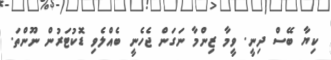
ކިޔާ ބޭސް ދިނީ. ވީމާ ޒިންމާ ނަގަން ޖެހެނީ ބެއްލެވި ޑޮކުޓަރުން ނޫންތަ.